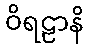
ဝိရဠာနိ